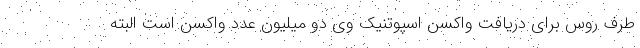
طرف روس برای دریافت واکسن اسپوتنیک وی دو میلیون عدد واکسن است البته